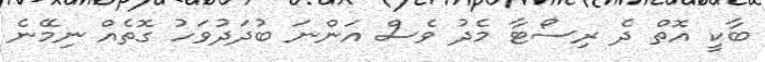
ބާކީ އޮތް ދެ ރިސޯޓާ މެދު ވެސް އަންނަ ބުދަދުވަހު ގޮތެއް ނިމޭނެ